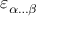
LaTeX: \varepsilon _ { \alpha \dots \beta }